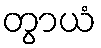
တွာယံ